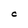
Character: C